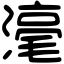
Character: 𣻼